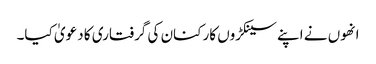
انھوں نے اپنے سینکڑوں کارکنان کی گرفتاری کا دعویٰ کیا۔